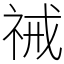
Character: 祴